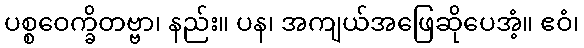
ပစ္စဝေက္ခိတဗ္ဗာ၊ နည်း။ ပန၊ အကျယ်အဖြေဆိုပေအံ့။ ဧဝံ၊